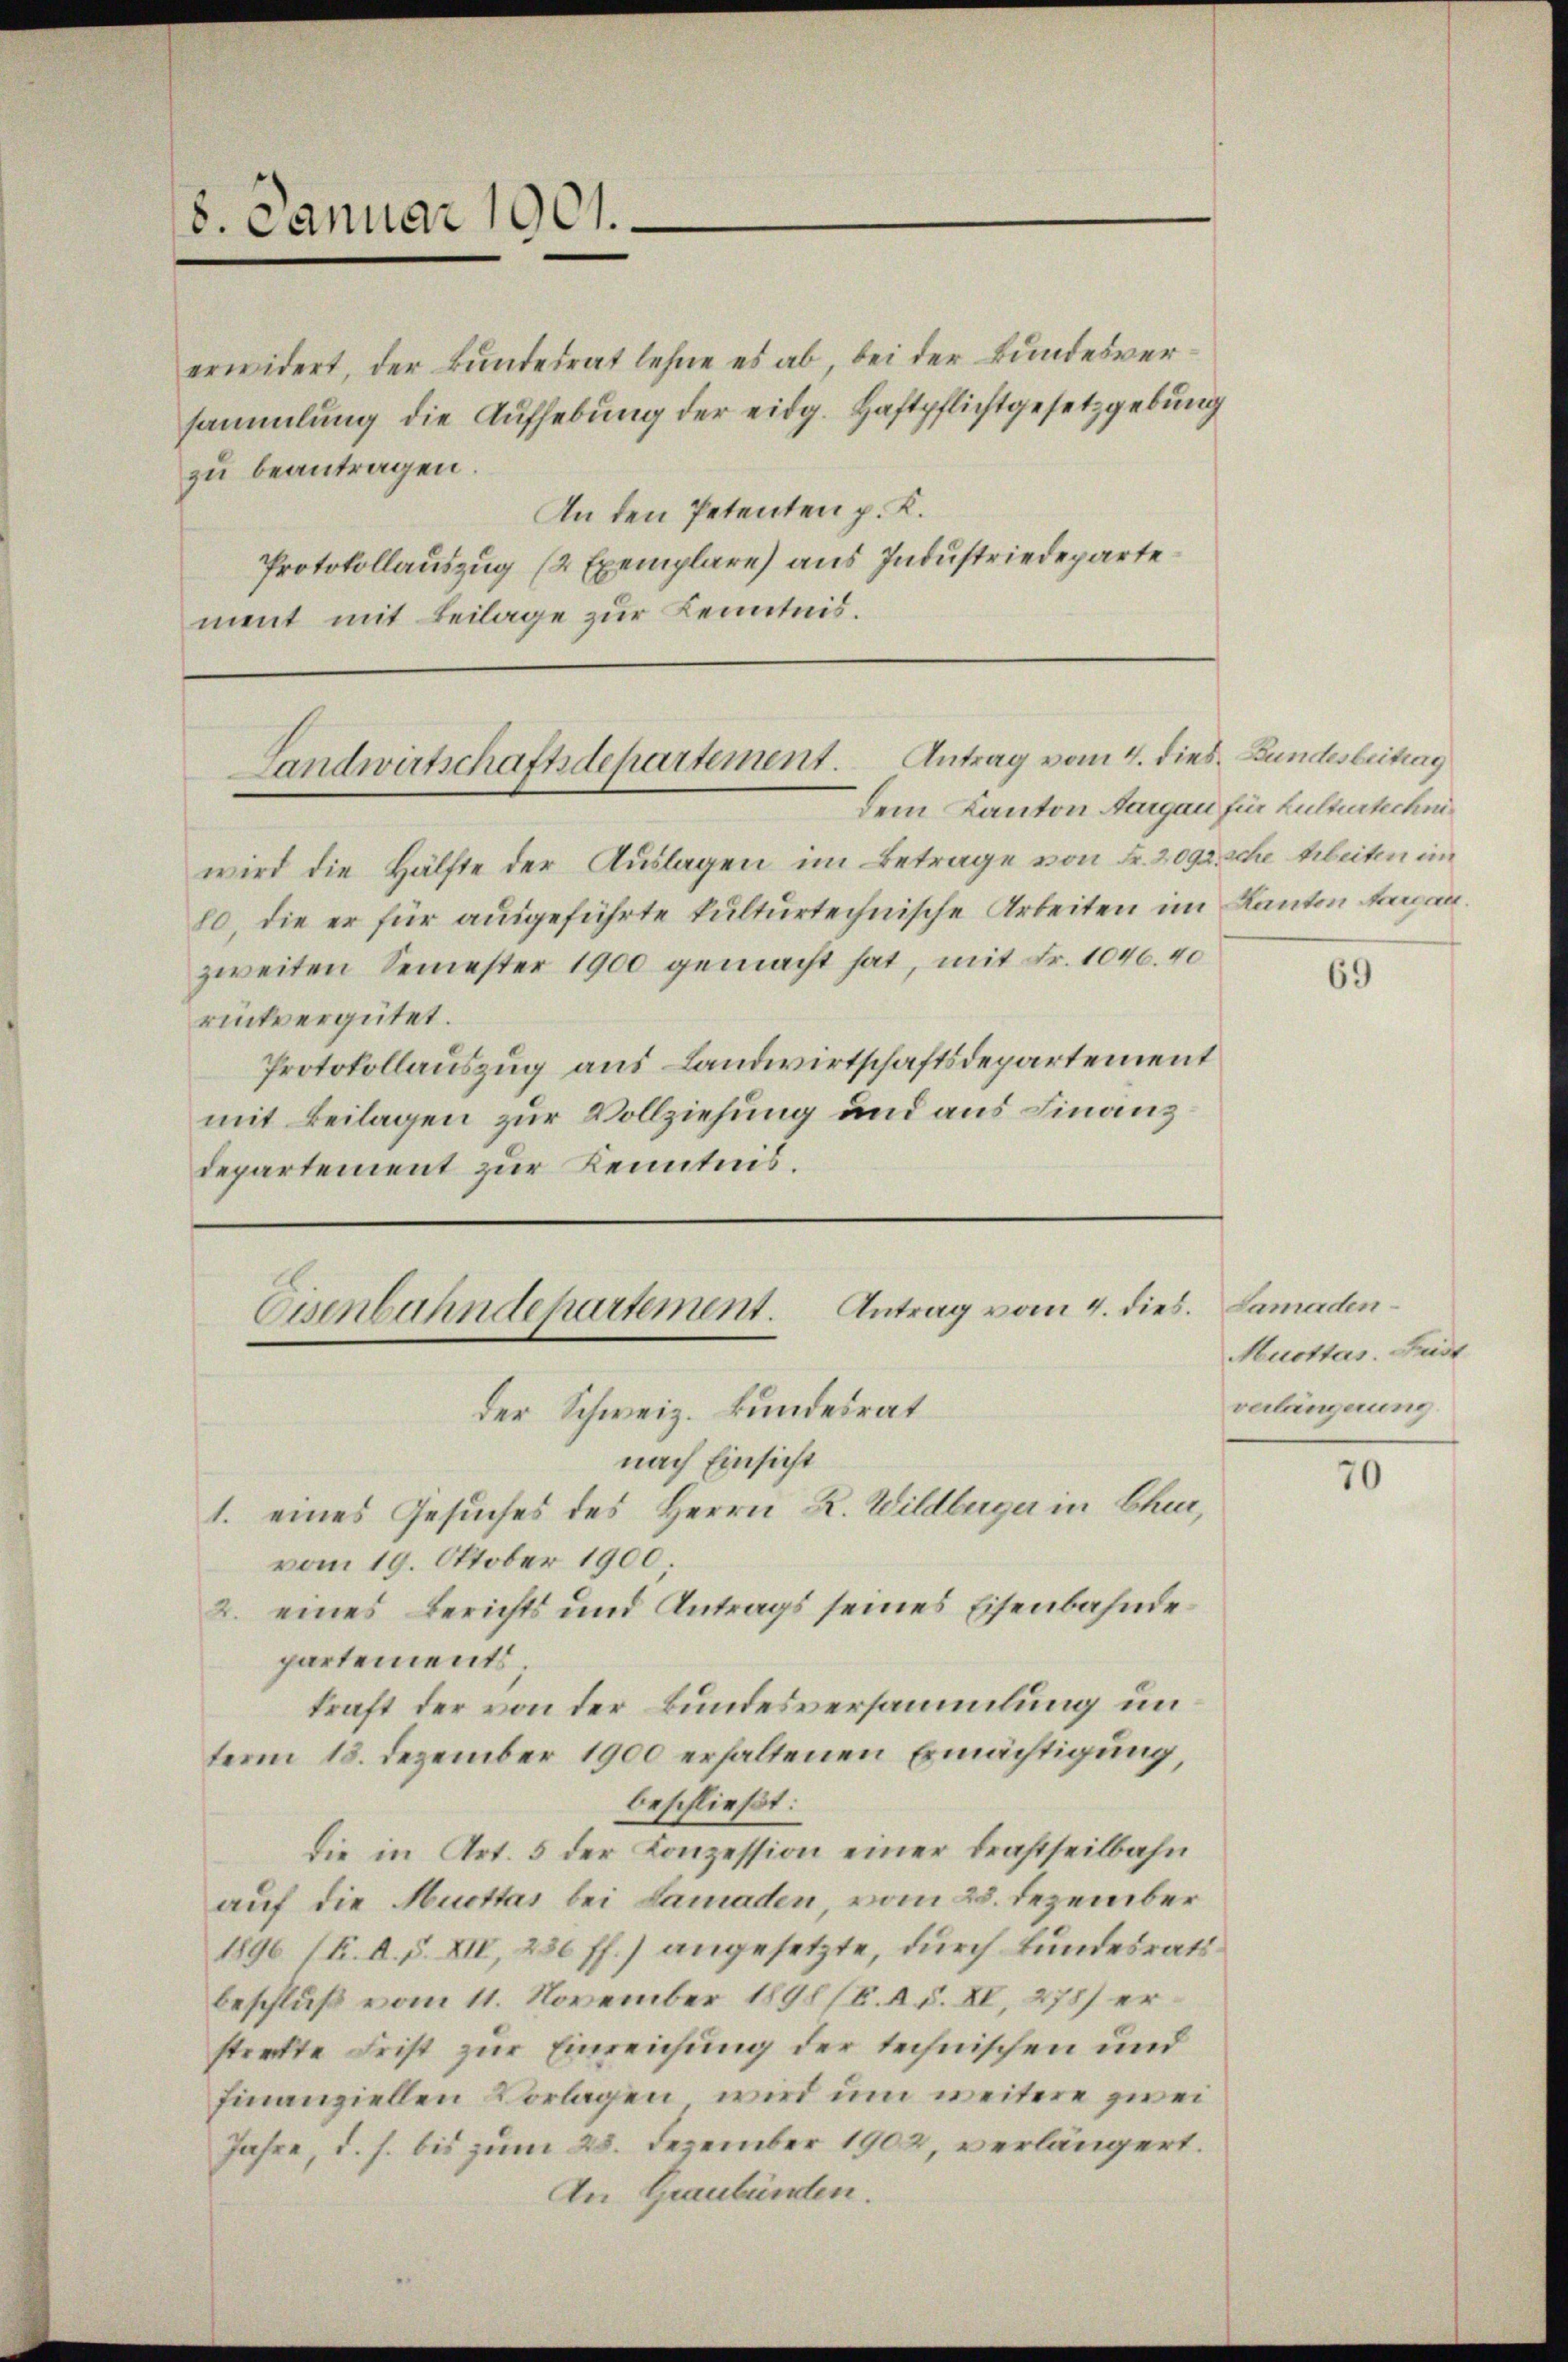
8. Januar 1901.

erwidert, der Bundesrat lehne es ab, bei der Bundesversammlung die Aufhebung der eidg. Haftpflichtgesetzgebung
zu beantragen.
An den Petenten p. K.
Protokollauszug (2 Exemplare) aus Industriedeparte
ment mit Beilage zur Kenntnis.

Landwirtschaftsdepartement. Antrag vom 4. dies. Bundesbeitrag
dem Kanton Aargau für Kulturtechni¬

Eisenbahndepartement. Antrag vom 4. dies. Lamadender Schweiz. Bundesrat
nach Einsicht
1. eines Gesuches des Herrn R. Wildberger in Chur,

vom 19. Oktober 1900.
2. eines Berichts und Antrags seines Eisenbahndepartements;
kraft der von der Bundesversammlung unterm 18. Dezember 1900 erhaltenen Ermächtigung,
beschließt:
die in Art. 5 der Konzession einer drastheilbahn
auf die Muettas bei Lamaden, vom 28. Dezember
1896 (F. d. d. XIV, 230 ff.) angesetzte, durch Bundesrats
beschluß vom 11. November 1898 (E. A. S. XV, 278) erstreckte Frist zur Einreichung der technischen und
finanziellen Vorlagen, wird um weitere zwei
Jahre, d. h. bis zum 28. Dezember 1902, verlängert.
An Graubünden.

wird die Hälfte der Auslagen im Betrage von Fr. 2092 sche Arbeiten im
80, die er für ausgeführte kulturtechnische Arbeiten im Kanton Fragen.
zweiten Semester 1900 gemacht hat, mit Fr. 1046. 40
rückvergütet.
Protokollauszug aus Landwirtschaftsdepartement
mit Beilagen zur Vollziehung und aus Finanz
departement zur Kenntnis.

69

Muottas. Feidt
verlängerung

70